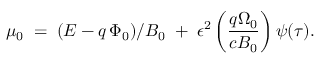
\mu _ { 0 } \; = \; ( { \cal E } - q \, \Phi _ { 0 } ) / B _ { 0 } \; + \; \epsilon ^ { 2 } \left( \frac { q \Omega _ { 0 } } { c B _ { 0 } } \right) \psi ( \tau ) .